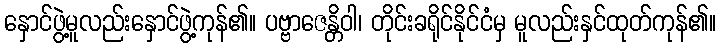
နှောင်ဖွဲ့မူလည်းနှောင်ဖွဲ့ကုန်၏။ ပဗ္ဗာဇေန္တိဝါ၊ တိုင်းခရိုင်နိုင်ငံမှ မူလည်းနှင်ထုတ်ကုန်၏။